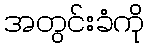
အတွင်းခံကို